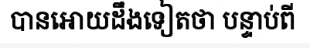
បានអោយដឹងទៀតថា បន្ទាប់ពី